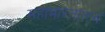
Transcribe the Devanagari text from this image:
महाभारतातच